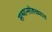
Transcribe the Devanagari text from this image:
सन्मान्सोह्ळ्यात